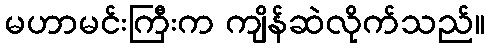
မဟာမင်းကြီးက ကျိန်ဆဲလိုက်သည်။